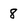
Character: 8